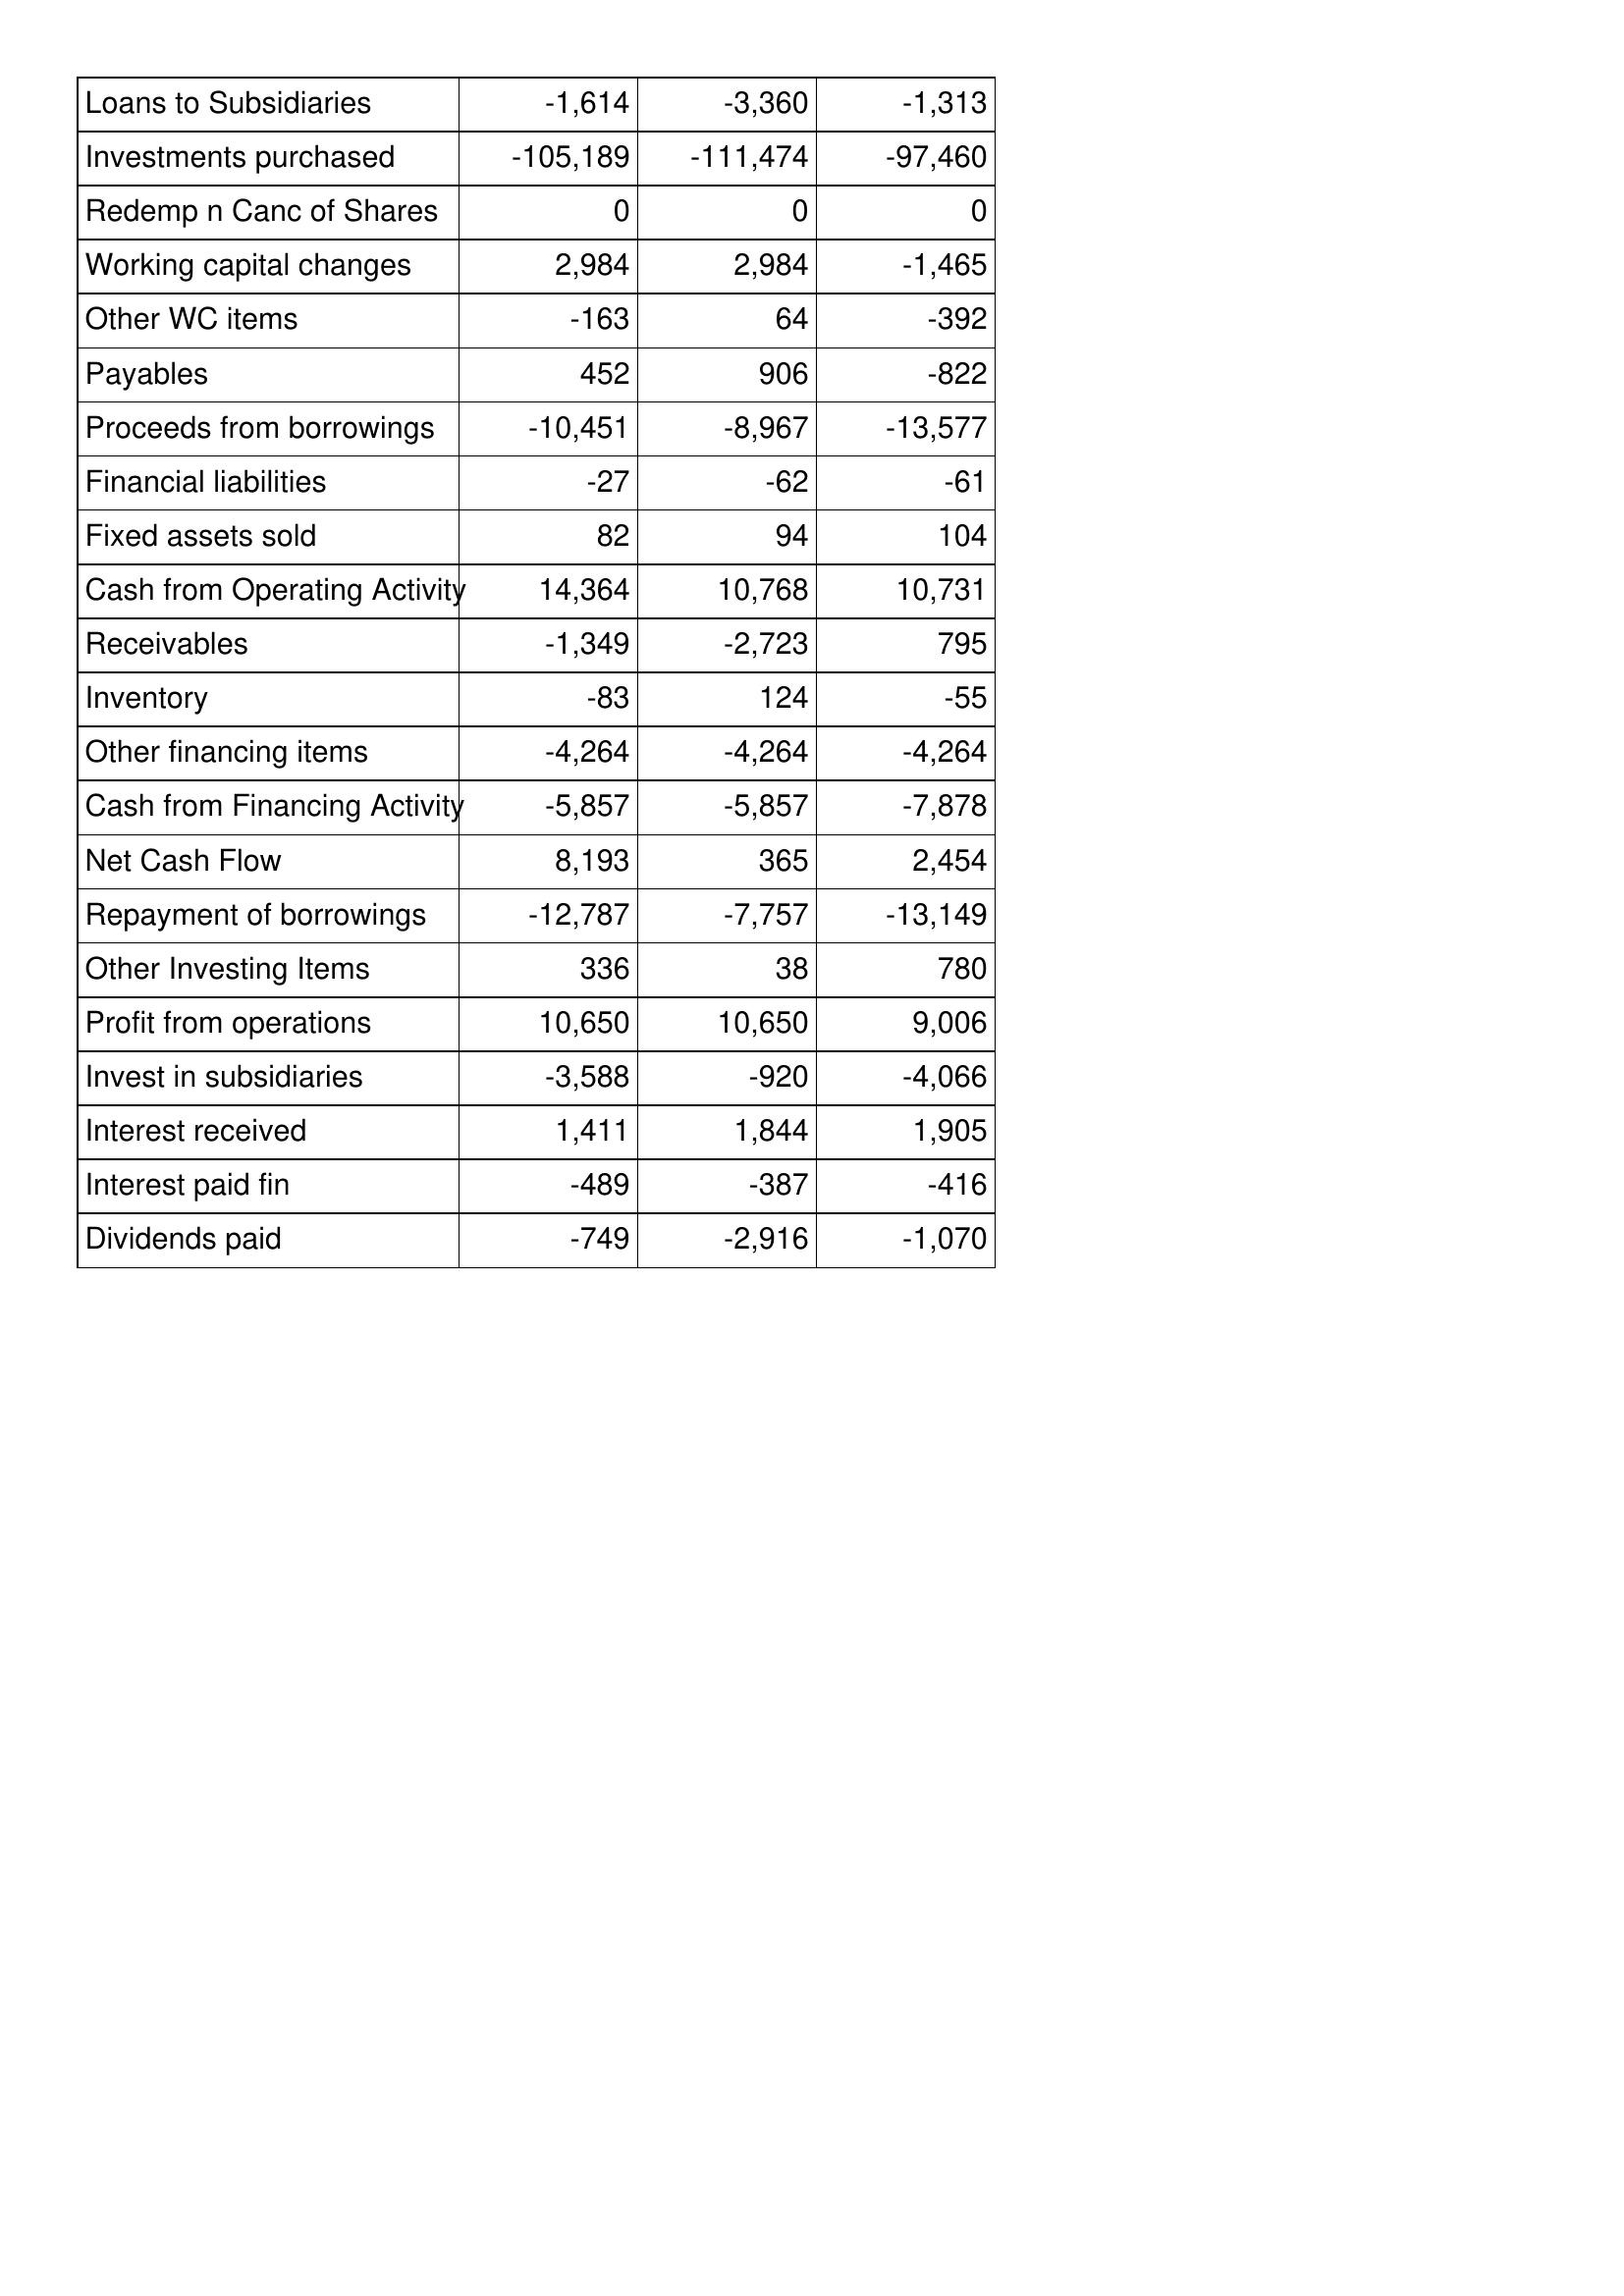
Mar-93: Cash Flows: Loans to Subsidiaries: -1,614
Investments purchased: -105,189
Redemp n Canc of Shares: 0
Working capital changes: 2,984
Other WC items: -163
Payables: 452
Proceeds from borrowings: -10,451
Financial liabilities: -27
Fixed assets sold: 82
Cash from Operating Activity: 14,364
Receivables: -1,349
Inventory: -83
Other financing items: -4,264
Cash from Financing Activity: -5,857
Net Cash Flow: 8,193
Repayment of borrowings: -12,787
Other Investing Items: 336
Profit from operations: 10,650
Invest in subsidiaries: -3,588
Interest received: 1,411
Interest paid fin: -489
Dividends paid: -749
Mar-92: Cash Flows: Loans to Subsidiaries: -3,360
Investments purchased: -111,474
Redemp n Canc of Shares: 0
Working capital changes: 2,984
Other WC items: 64
Payables: 906
Proceeds from borrowings: -8,967
Financial liabilities: -62
Fixed assets sold: 94
Cash from Operating Activity: 10,768
Receivables: -2,723
Inventory: 124
Other financing items: -4,264
Cash from Financing Activity: -5,857
Net Cash Flow: 365
Repayment of borrowings: -7,757
Other Investing Items: 38
Profit from operations: 10,650
Invest in subsidiaries: -920
Interest received: 1,844
Interest paid fin: -387
Dividends paid: -2,916
Mar-91: Cash Flows: Loans to Subsidiaries: -1,313
Investments purchased: -97,460
Redemp n Canc of Shares: 0
Working capital changes: -1,465
Other WC items: -392
Payables: -822
Proceeds from borrowings: -13,577
Financial liabilities: -61
Fixed assets sold: 104
Cash from Operating Activity: 10,731
Receivables: 795
Inventory: -55
Other financing items: -4,264
Cash from Financing Activity: -7,878
Net Cash Flow: 2,454
Repayment of borrowings: -13,149
Other Investing Items: 780
Profit from operations: 9,006
Invest in subsidiaries: -4,066
Interest received: 1,905
Interest paid fin: -416
Dividends paid: -1,070